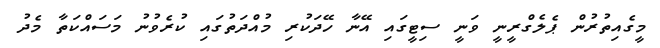
މީގެއިތުރުން ޕެލެގްރީނީ ވަނީ ސިޓީގައި އޭނާ ހޭދަކުރި މުއްދަތުގައި ކުރެވުނު މަސައްކަތާ މެދު